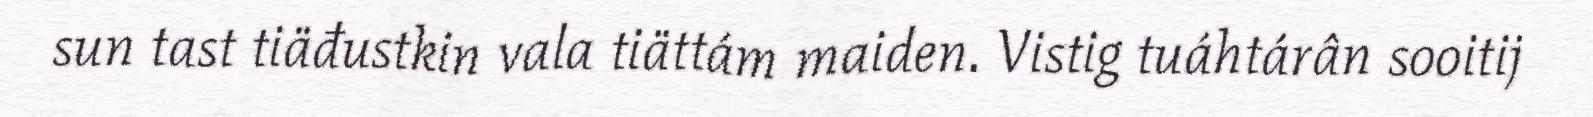
sun tast tiäđustkin vala tiättám maiden. Vistig tuáhtárân sooitij